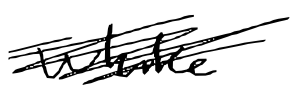
Text: while
Cross-out: scratch
Writing tool: digital_black